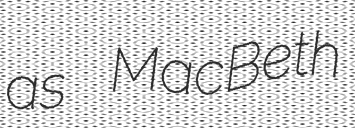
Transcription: as MacBeth